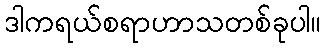
ဒါကရယ်စရာဟာသတစ်ခုပါ။